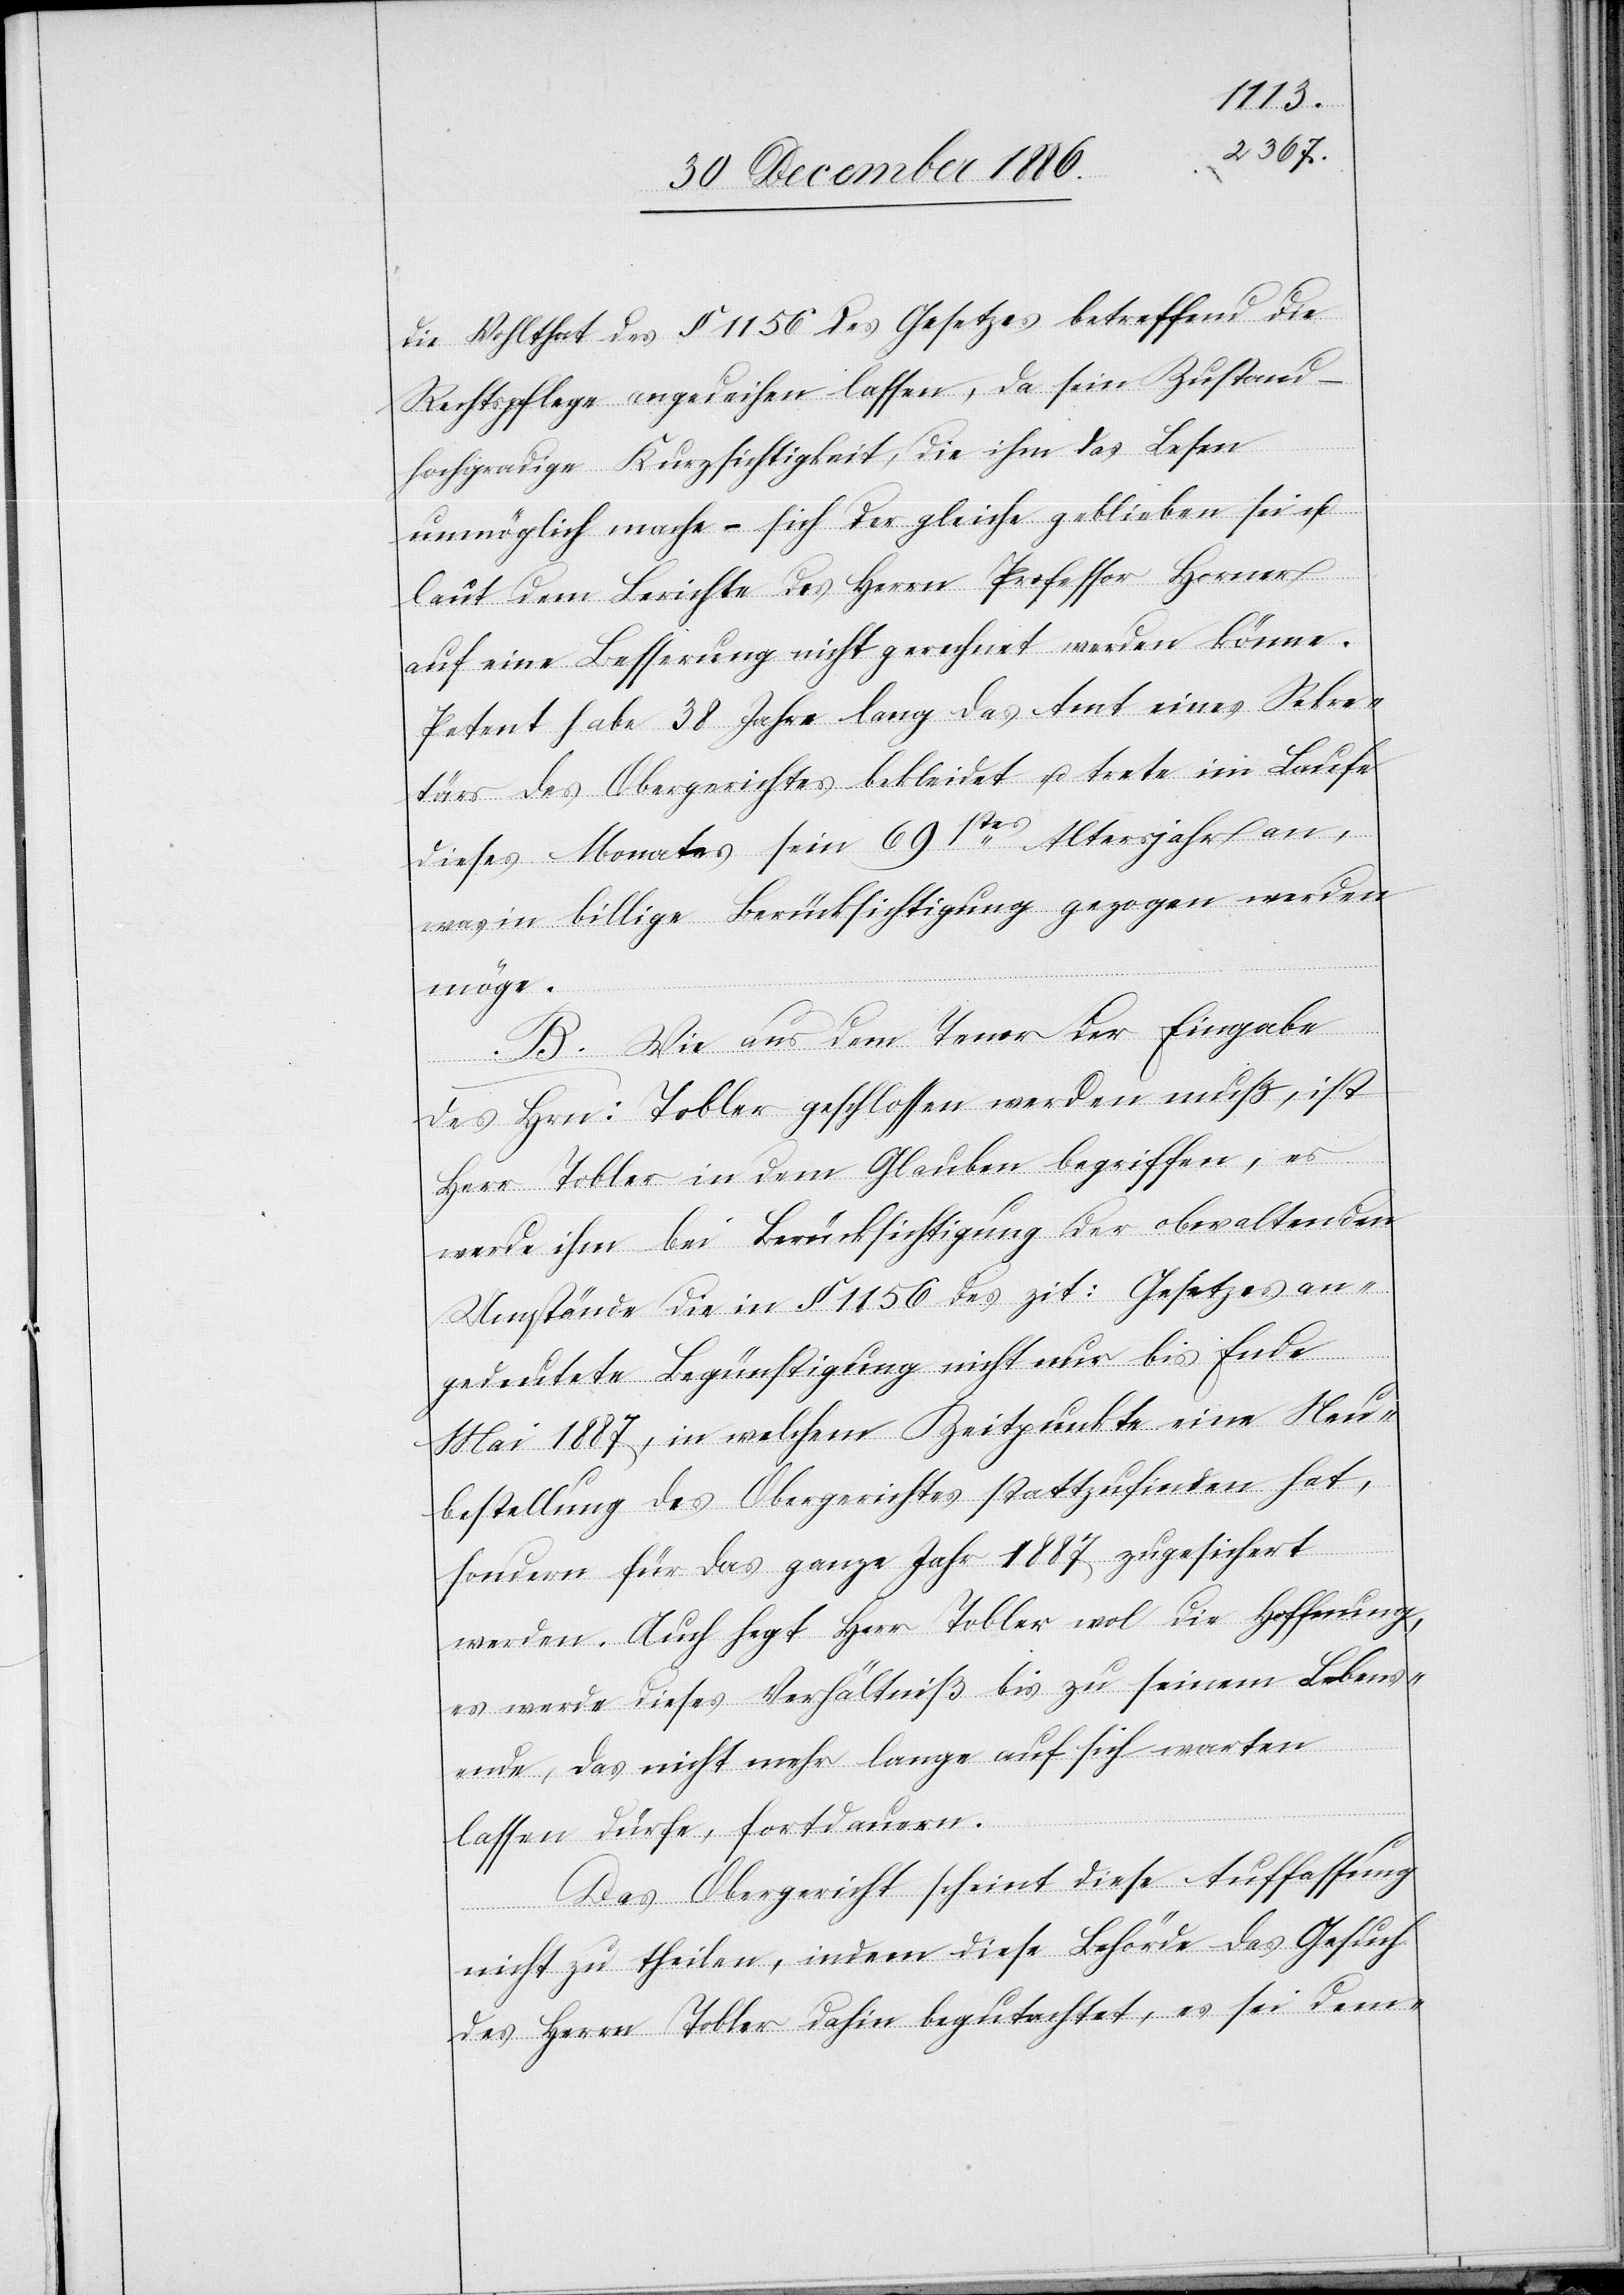
die Wohlthat des § 1156 des Gesetzes betreffend die
Rechtspflege angedeihen lassen, da sein Zustand –
hochgradige Kurzsichtigkeit, die ihm das Lesen
unmöglich mache – sich der gleiche geblieben sei u.
laut dem Berichte des Herrn Professor Horner
auf eine Besserung nicht gerechnet werden könne.
Petent habe 38 Jahre lang das Amt eines Sekre¬
tärs des Obergerichtes bekleidet u. trete im Laufe
dieses Monates sein 69stes Altersjahr an,
was in billige Berücksichtigung gezogen werden
möge.
B. Wie aus dem Tenor der Eingabe
des Hrn: Tobler geschlossen werden muß, ist
Herr Tobler in dem Glauben begriffen, es
werde ihm bei Berücksichtigung der obwaltenden
Umstände die in § 1156 des zit: Gesetzes an¬
gedeutete Begünstigung nicht nur bis Ende
Mai 1887, in welchem Zeitpunkte eine Neu¬
bestellung des Obergerichtes stattzufinden hat,
sondern für das ganze Jahr 1887 zugesichert
werden. Auch hegt Herr Tobler wol die Hoffnung,
es werde dieses Verhältniß bis zu seinem Lebens¬
ende, das nicht mehr lange auf sich warten
lassen dürfe, fortdauern.
Das Obergericht scheint diese Auffassung
nicht zu theilen, indem diese Behörde das Gesuch
des Herrn Tobler dahin begutachtet, es sei dem-